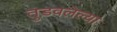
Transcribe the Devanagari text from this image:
तुडवलेल्या